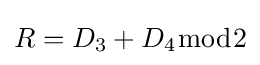
R=D_{3}+D_{4}{\bmod {2}}